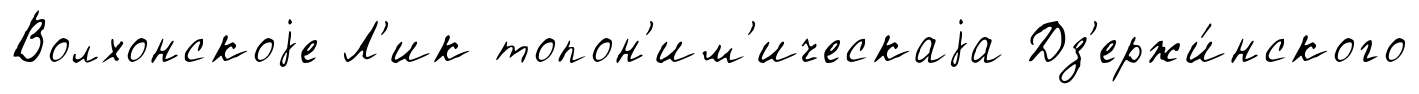
Волхонскоjе Л'ик топон'им'ическаjа Дз'ержи́нского